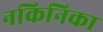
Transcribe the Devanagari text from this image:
नकिनिका